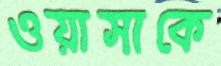
ওয়াসাকে